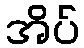
အိပ်